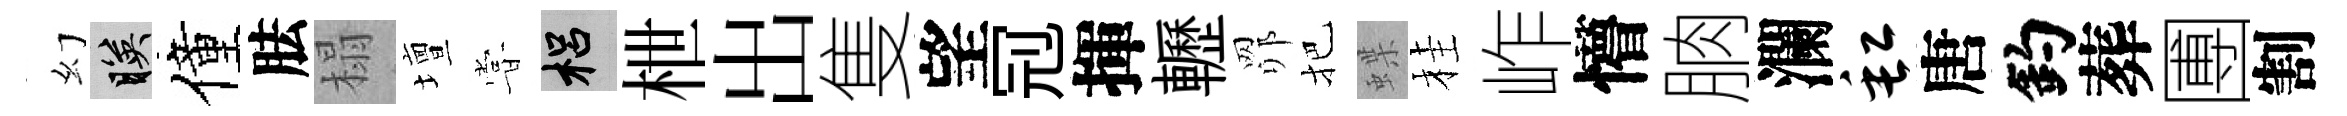
幻映僮胠榻壇甞梠枻出隻望𠜍揮轣𦊑把蝶桂岞懵朒瀾缸唐釣葬圑割